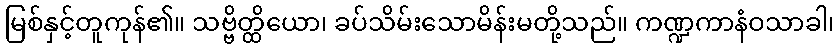
မြစ်နှင့်တူကုန်၏။ သဗ္ဗိတ္ထိယော၊ ခပ်သိမ်းသောမိန်းမတို့သည်။ ကဏ္ဍကာနံဝသာခါ၊